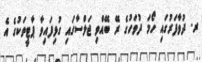
ރ. ދުވާފަރުގައި ހޯމަ ދުވަހުގެ ރޭ ބޭއްވި ޖަލްސާގައި ގުޅިފައިވާ ޕާޓީތަކުގެ އެ